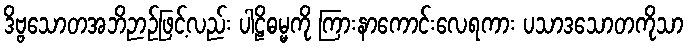
ဒိဗ္ဗသောတအဘိဉာဉ်ဖြင့်လည်း ပါဠိဓမ္မကို ကြားနာကောင်းလေရကား ပသာဒသောတကိုသာ